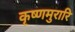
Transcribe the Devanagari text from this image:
कृष्णमुरारि